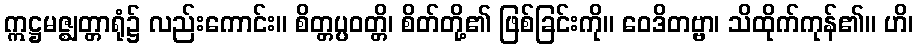
ဣဋ္ဌမဇ္ဈတ္တာရုံ၌ လည်းကောင်း။ စိတ္တပ္ပဝတ္တိ၊ စိတ်တို့၏ ဖြစ်ခြင်းကို။ ဝေဒိတဗ္ဗာ၊ သိထိုက်ကုန်၏။ ဟိ၊